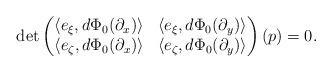
LaTeX: \begin{align*} \det \begin{pmatrix} \langle e_\xi, d\Phi_0(\partial_x)\rangle & \langle e_\xi, d\Phi_0(\partial_y)\rangle \\ \langle e_\zeta, d\Phi_0(\partial_x)\rangle & \langle e_\zeta, d\Phi_0(\partial_y)\rangle \end{pmatrix}(p)=0. \end{align*}